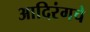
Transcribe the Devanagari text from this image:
आदिरंगचे